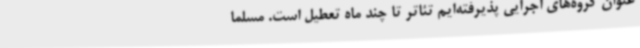
عنوان گروه‌های اجرایی پذیرفته‌ایم تئاتر تا چند ماه تعطیل است. مسلما